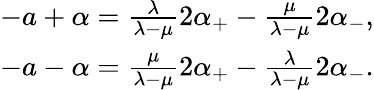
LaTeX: \begin{array}{c}{{-a+\alpha=\frac\lambda{\lambda-\mu}2\alpha_{+}-\frac\mu{\lambda-\mu}2\alpha_{-},}}\\ {{-a-\alpha=\frac\mu{\lambda-\mu}2\alpha_{+}-\frac\lambda{\lambda-\mu}2\alpha_{-}.}}\end{array}